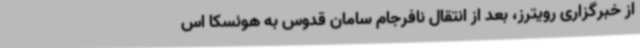
از خبرگزاری رویترز، بعد از انتقال نافرجام سامان قدوس به هوئسکا اس